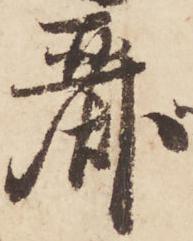
麗